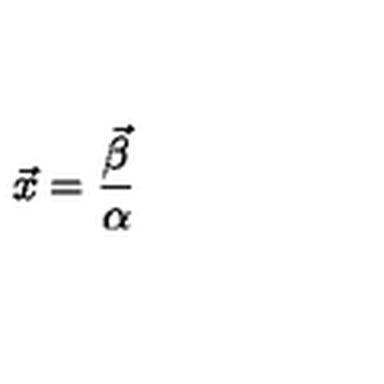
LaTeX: \vec { x } = { \frac { \vec { \beta } } { \alpha } }